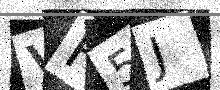
Text: VF5J